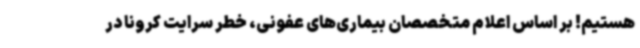
هستیم! بر اساس اعلام متخصصان بیماری‌های عفونی، خطر سرایت کرونا در